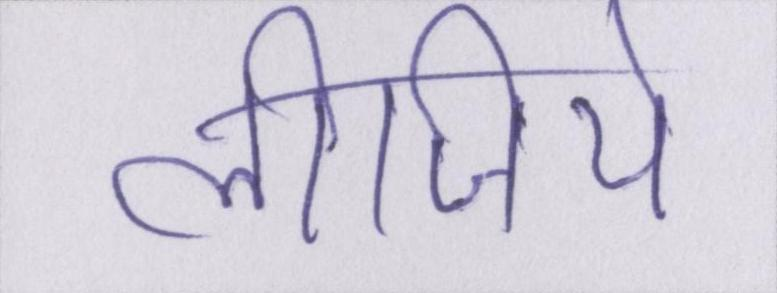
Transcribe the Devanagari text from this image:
लीजिये